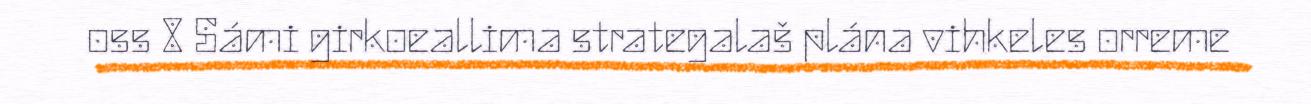
oss 8 Sámi girkoeallima strategalaš plána vihkeles orreme